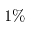
1 \%